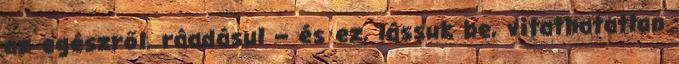
az egészről, ráadásul – és ez, lássuk be, vitathatatlan